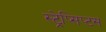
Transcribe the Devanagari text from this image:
स्ट्रेप्सिप्टस